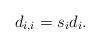
LaTeX: \begin{align*}d_{i,i}=s_id_i.\end{align*}